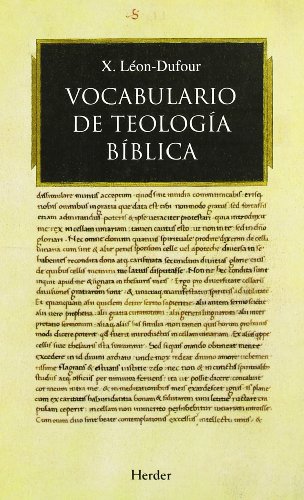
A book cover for Vocabulario de teologia biblica / Vocabulary of Biblical Theology (Spanish Edition); Xavier Leon Dufour; Christian Books & Bibles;